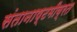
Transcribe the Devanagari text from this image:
संतानाष्टमीव्रत